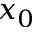
x _ { 0 }